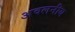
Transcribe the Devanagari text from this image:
अवलनीय